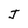
Character: J